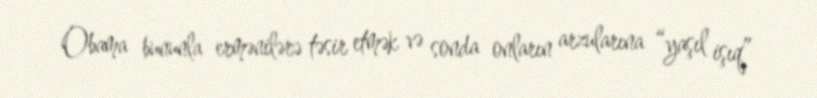
Obama bununla ermənilərə təsir etmək və sonda onların arzularına “yaşıl işıq”